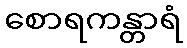
စောရကန္တာရံ